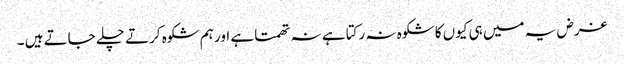
غرض یہ میں ہی کیوں کا شکوہ نہ رکتا ہے نہ تھمتا ہے اور ہم شکوہ کرتے چلے جاتے ہیں ۔